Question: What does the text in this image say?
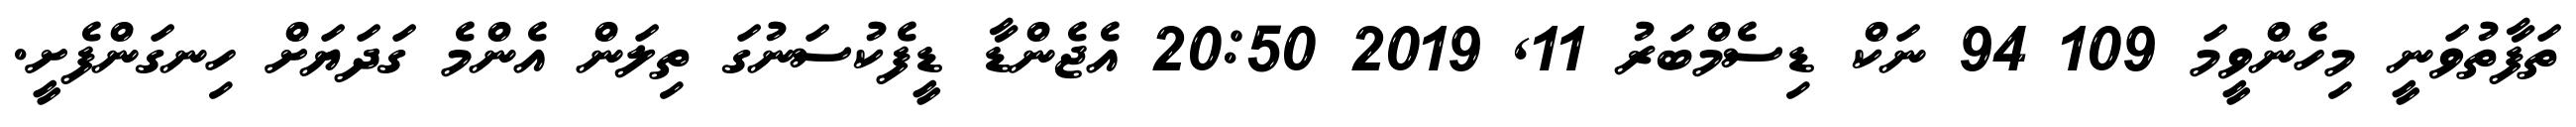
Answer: ތަފާތުވަނީ މިހެންވީމަ 109 94 ނަކް ޑިސެމްބަރު 11, 2019 20:50 އެޖެންޑާ ޑީފެކުސަނުގަ ތިލަން އެންމެ ގަދަޔަށް ހިނގަންފެށީ.